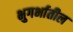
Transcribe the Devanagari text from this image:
भुगर्भातील